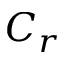
C _ { r }